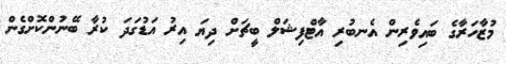
މުޒާހަރާގެ ބައިވެރިން އެނބުރި އާޓްފިޝަލް ބީޗަށް ދިޔަ އިރު އަޑުގަދަ ކުރާ ބޭނުންކޮށްގެން